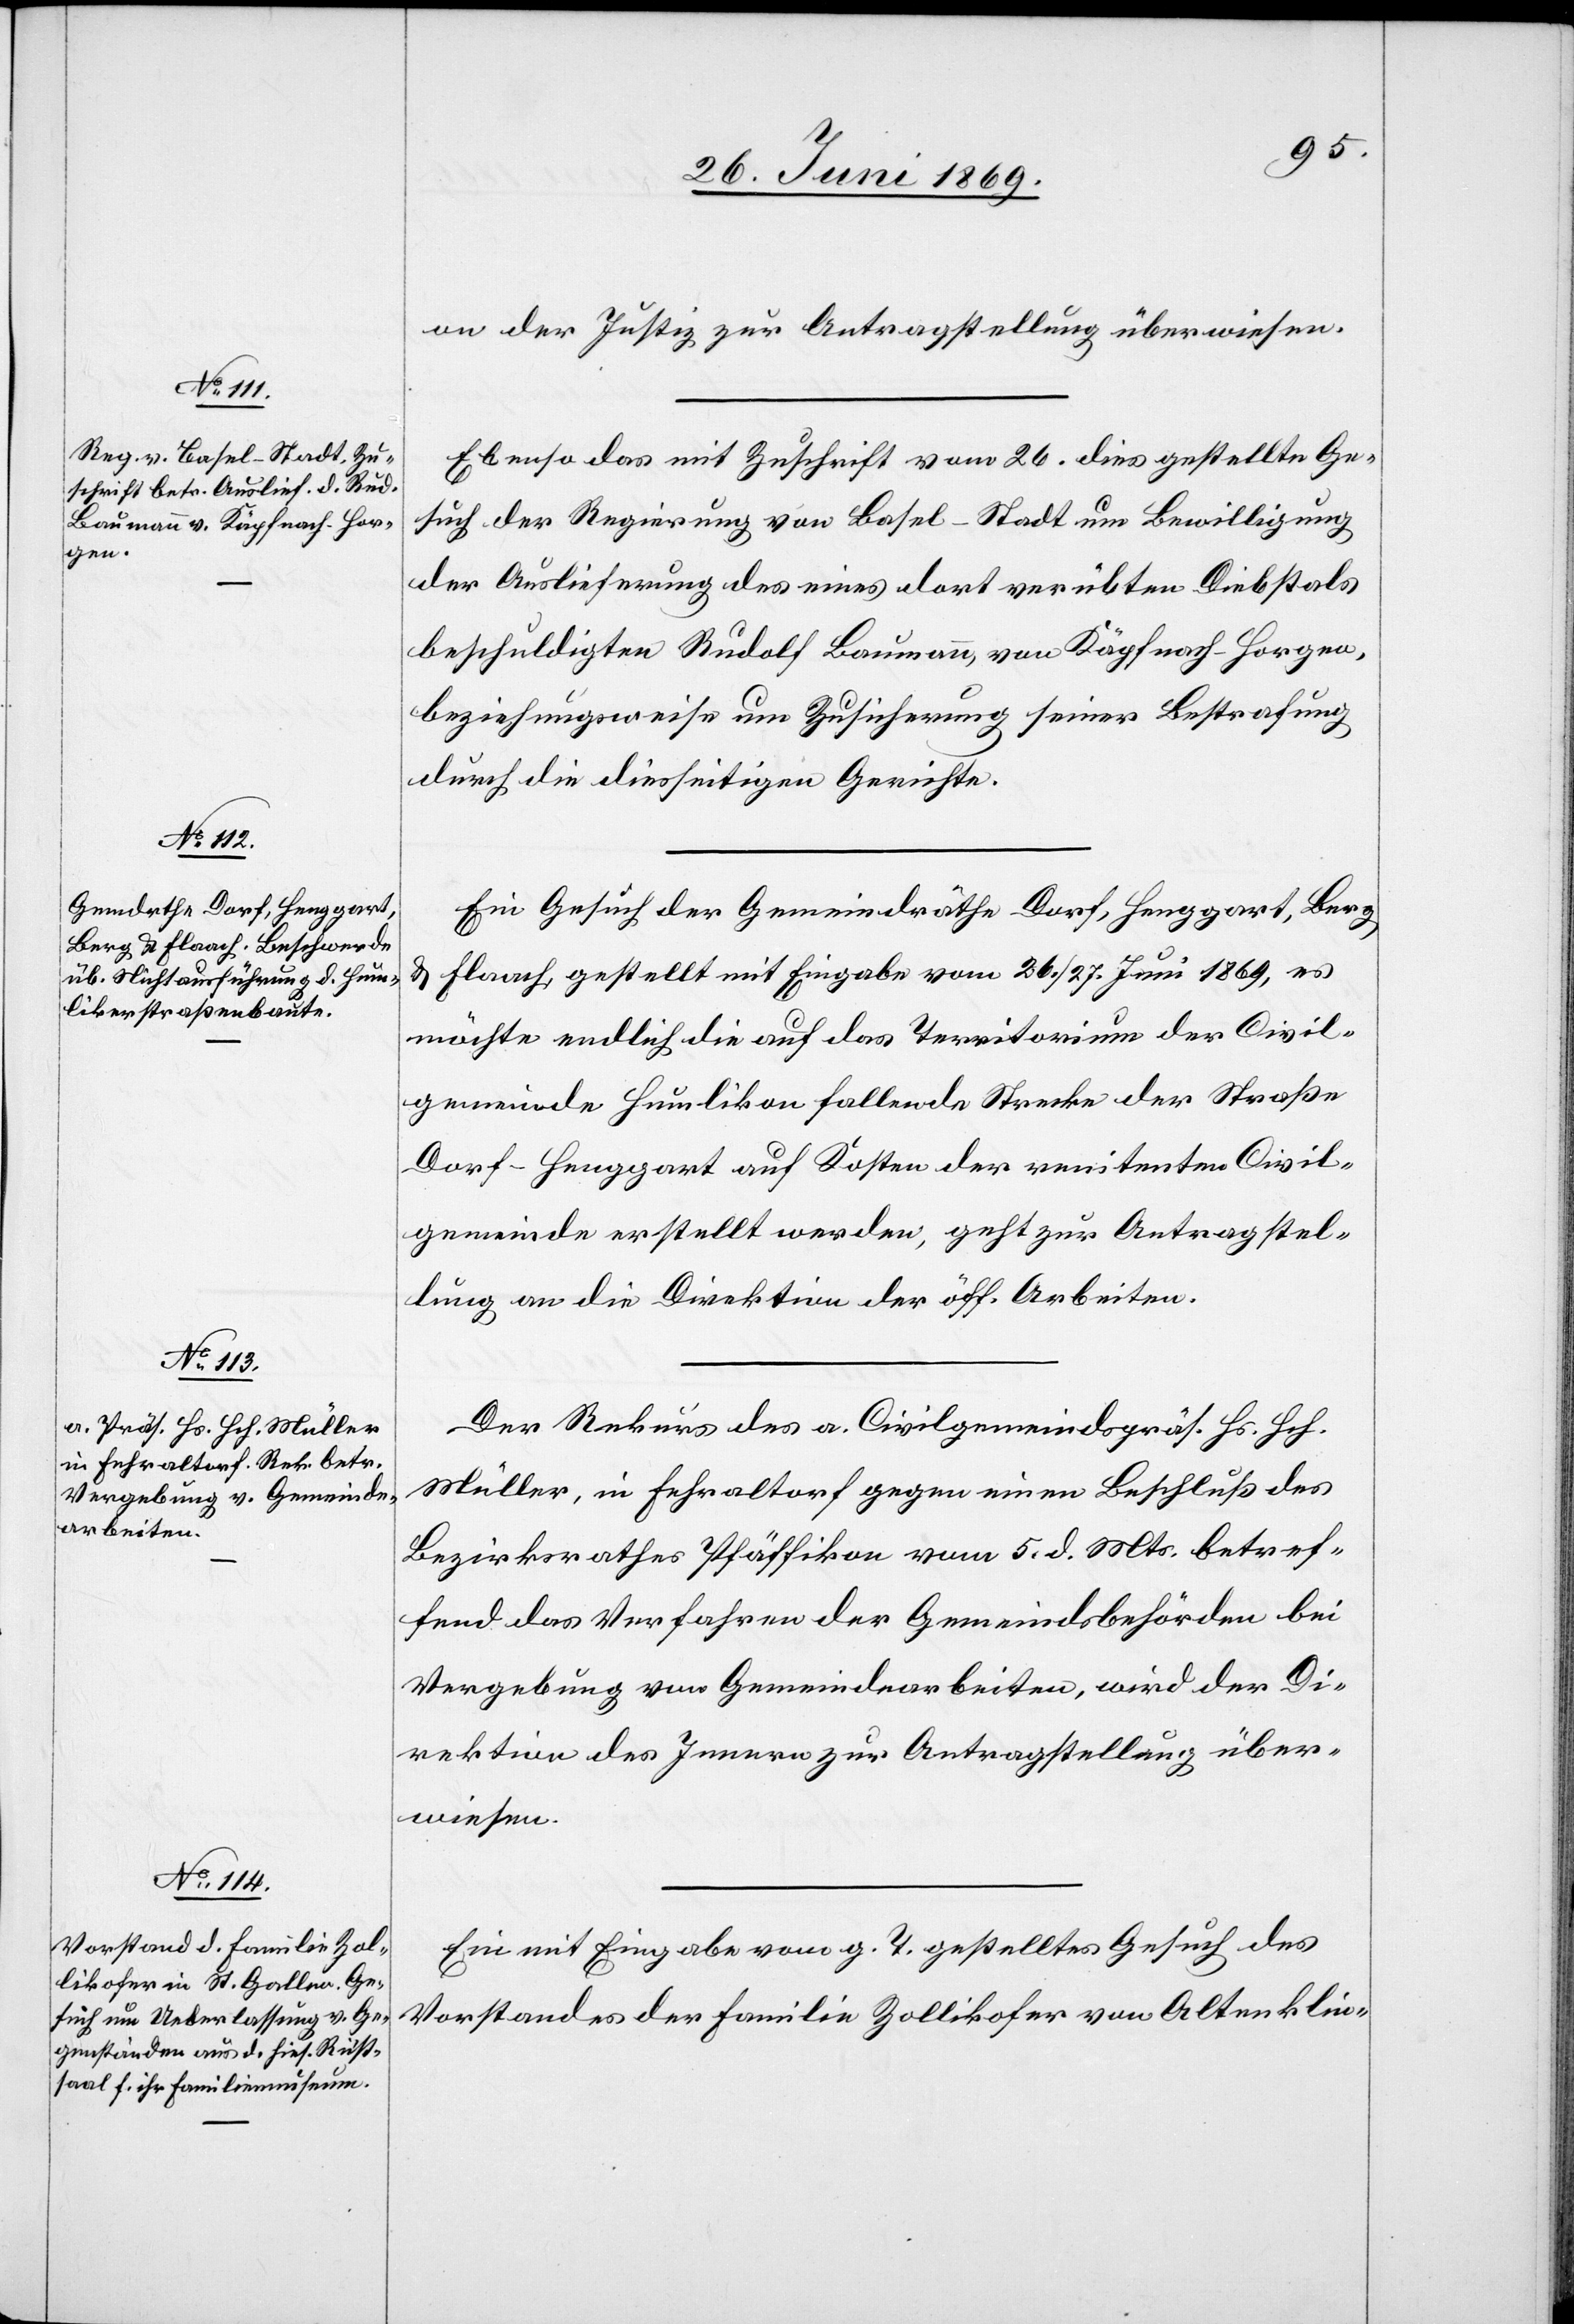
28. Juni 1869.]
on der Justiz zur Antragstellung überwiesen.
Ebenso das mit Zuschrift vom 26. dies gestellte Ge¬
such der Regierung von Basel-Stadt um Bewilligung
der Auslieferung des eines dort verübten Diebstals
beschuldigten Rudolf Baumann, von Käpfnach - Horgen,
beziehungsweise um Zusicherung seiner Bestrafung
durch die diesseitigen Gerichte.
Ein Gesuch der Gemeindräthe Dorf, Henggart, Berg
u. Flaach, gestellt mit Eingabe vom 26./27. Juni 1869, es
möchte endlich die auf das Territorium der Civil¬
gemeinde Humlikon fallende Strecke der Straße
Dorf - Henggart auf Kosten der renitenten Civil¬
gemeinde erstellt werden, geht zur Antragstel¬
lung an die Direktion der öff. Arbeiten.
Der Rekurs des a. Civilgemeindspräs. Hs. Hch.
Müller, in Fehraltorf gegen einen Beschluß des
Bezirksrathes Pfäffikon vom 5. d. Mts. betref¬
fend das Verfahren der Gemeindsbehörden bei
Vergebung von Gemeindearbeiten, wird der Di¬
rektion des Innern zur Antragstellung über¬
wiesen.
Ein mit Eingabe vom g. T. gestelltes Gesuch des
Vorstandes der Familie Zollikofer von Altenklin-